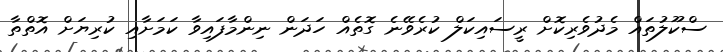
ސްކޫލުތައް މެދުވެރިކޮށް ރީސައިކަލް ކުރެވޭނެ ގޮތެއް ހަދަން ނިންމާފައިވާ ކަމަށާއި ކުރިޔަށް އޮތްތާ